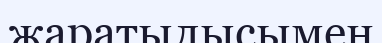
жаратылысымен